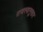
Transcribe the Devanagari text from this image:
राजस्वानुसार